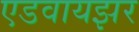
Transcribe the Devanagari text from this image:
एडवायझर